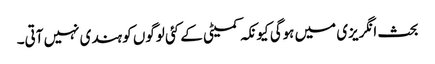
بحث انگریزی میں ہوگی کیونکہ کمیٹی کے کئی لوگوں کو ہندی نہیں آتی۔